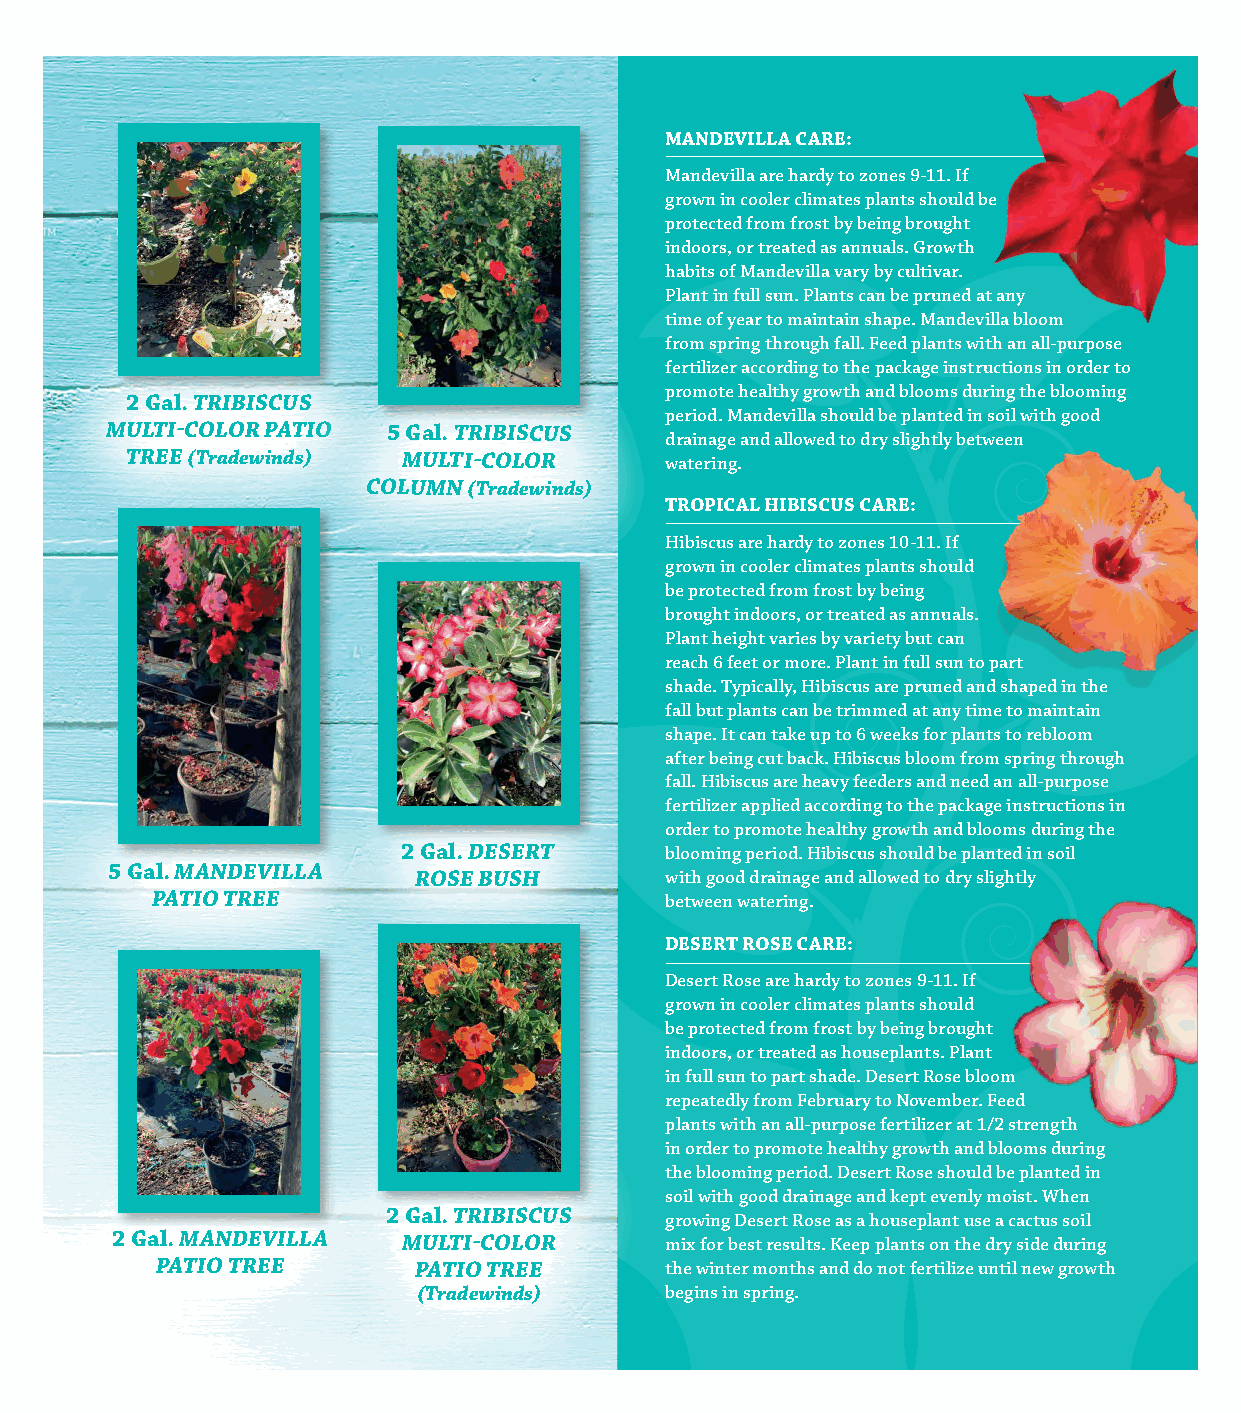
MANDEVILLA CARE:
 Mandevilla are hardy to zones 9-11. If
 grown in cooler climates plants should be
 protected from frost by being brought
 indoors, or treated as annuals. Growth
 habits of Mandevilla vary by cultivar.
 Plant in full sun. Plants can be pruned at any
 time of year to maintain shape. Mandevilla bloom
 from spring through fall. Feed plants with an all-purpose
 fertilizer according to the package instructions in order to
 promote healthy growth and blooms during the blooming
 2 Gal. TRIBISCUS
 period. Mandevilla should be planted in soil with good
 MULTI-COLOR PATIO  5 Gal. TRIBISCUS
 drainage and allowed to dry slightly between
 TREE (Tradewinds)  MULTI-COLOR      watering.
 COLUMN (Tradewinds)
 TROPICAL HIBISCUS CARE:
 Hibiscus are hardy to zones 10-11. If
 grown in cooler climates plants should
 be protected from frost by being
 brought indoors, or treated as annuals.
 Plant height varies by variety but can
 reach 6 feet or more. Plant in full sun to part
 shade. Typically, Hibiscus are pruned and shaped in the
 fall but plants can be trimmed at any time to maintain
 shape. It can take up to 6 weeks for plants to rebloom
 after being cut back. Hibiscus bloom from spring through
 fall. Hibiscus are heavy feeders and need an all-purpose
 fertilizer applied according to the package instructions in
 order to promote healthy growth and blooms during the
 2 Gal. DESERT    blooming period. Hibiscus should be planted in soil
 5 Gal. MANDEVILLA
 ROSE BUSH        with good drainage and allowed to dry slightly
 PATIO TREE                        between watering.
 DESERT ROSE CARE:
 Desert Rose are hardy to zones 9-11. If
 grown in cooler climates plants should
 be protected from frost by being brought
 indoors, or treated as houseplants. Plant
 in full sun to part shade. Desert Rose bloom
 repeatedly from February to November. Feed
 plants with an all-purpose fertilizer at 1/2 strength
 in order to promote healthy growth and blooms during
 the blooming period. Desert Rose should be planted in
 soil with good drainage and kept evenly moist. When
 2 Gal. TRIBISCUS
 growing Desert Rose as a houseplant use a cactus soil
 2 Gal. MANDEVILLA   MULTI-COLOR      mix for best results. Keep plants on the dry side during
 PATIO TREE       PATIO TREE       the winter months and do not fertilize until new growth
 (Tradewinds)    begins in spring.